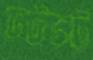
ভটভট